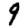
Digit: 9